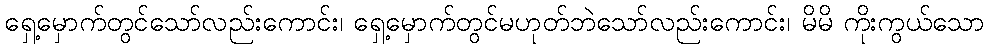
ရှေ့မှောက်တွင်သော်လည်းကောင်း၊ ရှေ့မှောက်တွင်မဟုတ်ဘဲသော်လည်းကောင်း၊ မိမိ ကိုးကွယ်သော